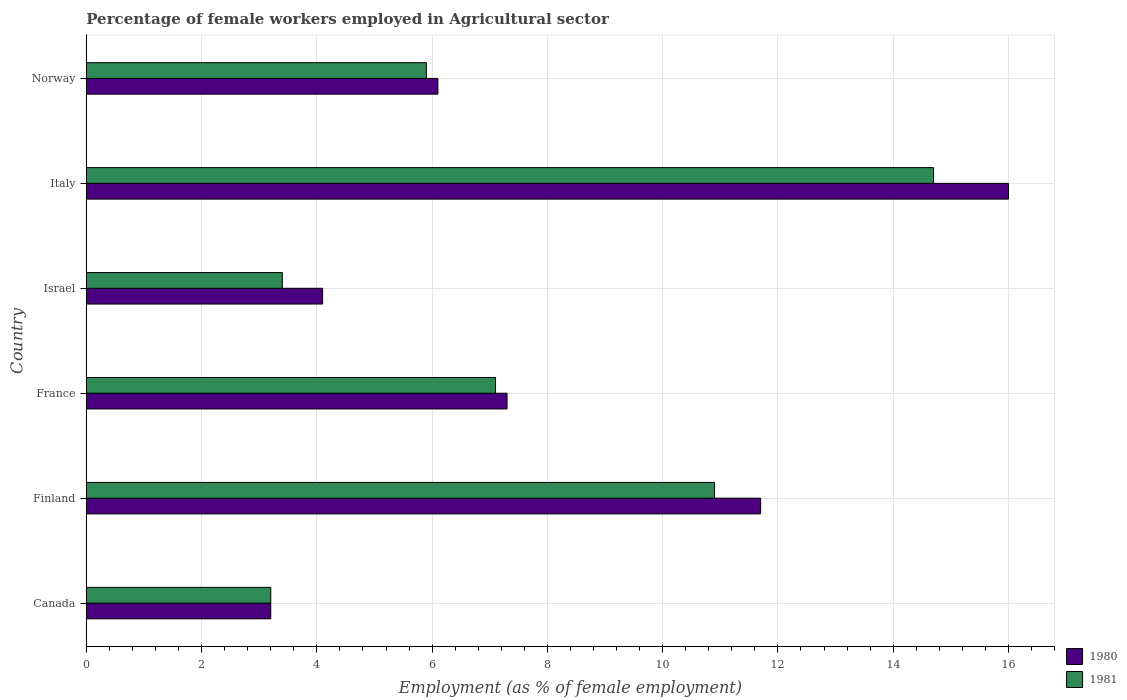
| Country | 1980 | 1981 |
 | --- | --- | --- |
 | Canada | 3.2 | 3.2 |
 | Finland | 11.7 | 10.9 |
 | France | 7.3 | 7.1 |
 | Israel | 4.1 | 3.4 |
 | Italy | 16 | 14.7 |
 | Norway | 6.1 | 5.9 |